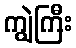
ကျွဲကြီး